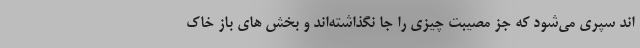
اند سپری می‌شود که جز مصیبت چیزی را جا نگذاشته‌اند و بخش های باز خاک